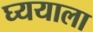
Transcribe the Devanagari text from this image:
घ्ययाला